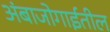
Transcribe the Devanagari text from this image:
अंबाजोगाईतील